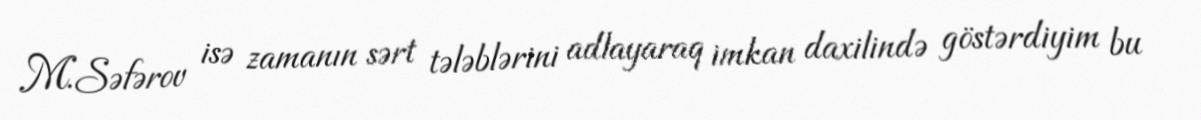
M.Səfərov isə zamanın sərt tələblərini adlayaraq imkan daxilində göstərdiyim bu